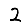
Digit: 2